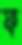
ফ